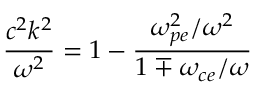
\frac { c ^ { 2 } k ^ { 2 } } { \omega ^ { 2 } } = 1 - \frac { \omega _ { p e } ^ { 2 } / \omega ^ { 2 } } { 1 \mp \omega _ { c e } / \omega }